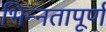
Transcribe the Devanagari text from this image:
भिन्‍नतापूर्ण